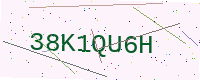
Text: 38K1QU6H